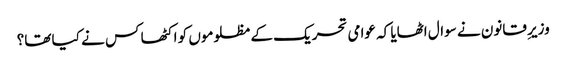
وزیرِ قانون نے سوال اٹھایا کہ عوامی تحریک کے مظلوموں کو اکٹھا کس نے کیا تھا؟